Vaccination in Bombay 1863-1868 - 1863-1868
Year: 1863
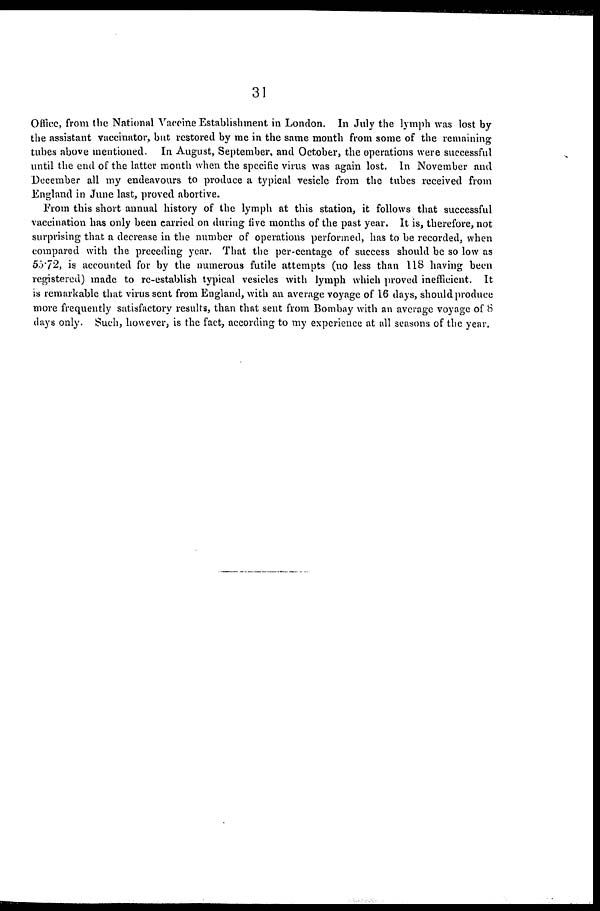
31
Office, from the National Vaccine Establishment in London. In July the lymph was lost by
the assistant vaccinator, but restored by me in the same month from some of the remaining
tubes above mentioned. In August, September, and October, the operations were successful
until the end of the latter month when the specific virus was again lost. In November and
December all my endeavours to produce a typical vesicle from the tubes received from
England in June last, proved abortive.
From this short annual history of the lymph at this station, it follows that successful
vaccination has only been carried on during five months of the past year. It is, therefore, not
surprising that a decrease in the number of operations performed, has to be recorded, when
compared with the preceding year. That the per-centage of success should be so low as
55.72, is accounted for by the numerous futile attempts (no less than 118 having been
registered) made to re-establish typical vesicles with lymph which proved inefficient. It
is remarkable that virus sent from England, with an average voyage of 16 days, should produce
more frequently satisfactory results, than that sent from Bombay with an average voyage of 8
days only. Such, however, is the fact, according to my experience at all seasons of the year.